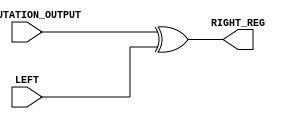
`timescale 1ns / 1ps
//////////////////////////////////////////////////////////////////////////////////
// Company: 
// Engineer: 
// 
// Design Name: 
// Module Name:    Xor_permutation 
// Project Name: 
// Target Devices: 
// Tool versions: 
// Description: 
//
// Dependencies: 
//
// Revision: 
// Revision 0.01 - File Created
// Additional Comments: 
//
//////////////////////////////////////////////////////////////////////////////////
module Xor_Permutation(PERMUTATION_OUTPUT, LEFT, RIGHT_REG);
input [32 : 1]PERMUTATION_OUTPUT;
input [32 : 1]LEFT;
// input [32 : 1]RIGHT_REG1;
// output [32 : 1]LEFT_REG2;
output [32 : 1]RIGHT_REG;
wire [32 : 1]PERMUTATION_OUTPUT;
wire [32 : 1]LEFT;
// wire [32 : 1]RIGHT_REG1;
// reg [32 : 1]LEFT_REG2;
reg [32 : 1]RIGHT_REG;
always @(PERMUTATION_OUTPUT or LEFT or RIGHT_REG)
 
 begin
 // LEFT_REG2 <= RIGHT_REG1;
 RIGHT_REG <= PERMUTATION_OUTPUT ^ LEFT;
 end
 endmodule